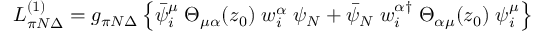
{ \cal L } _ { \pi N \Delta } ^ { ( 1 ) } = g _ { \pi N \Delta } \left\{ \bar { \psi } _ { i } ^ { \mu } \; \Theta _ { \mu \alpha } ( z _ { 0 } ) \; w _ { i } ^ { \alpha } \; \psi _ { N } + \bar { \psi } _ { N } \; w _ { i } ^ { \alpha \dagger } \; \Theta _ { \alpha \mu } ( z _ { 0 } ) \; \psi _ { i } ^ { \mu } \right\}